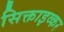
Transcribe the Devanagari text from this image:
सिक्ताइव्कर